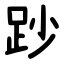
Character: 䟞